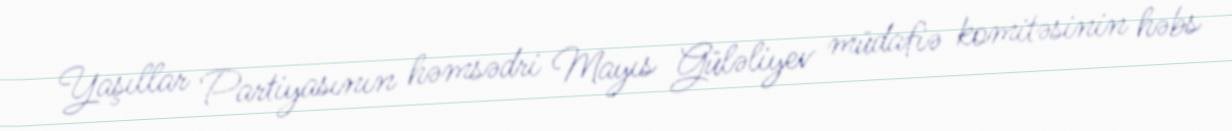
Yaşıllar Partiyasının həmsədri Mayıs Güləliyev müdafiə komitəsinin həbs